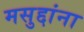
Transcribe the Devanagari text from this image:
मसुद्दांना